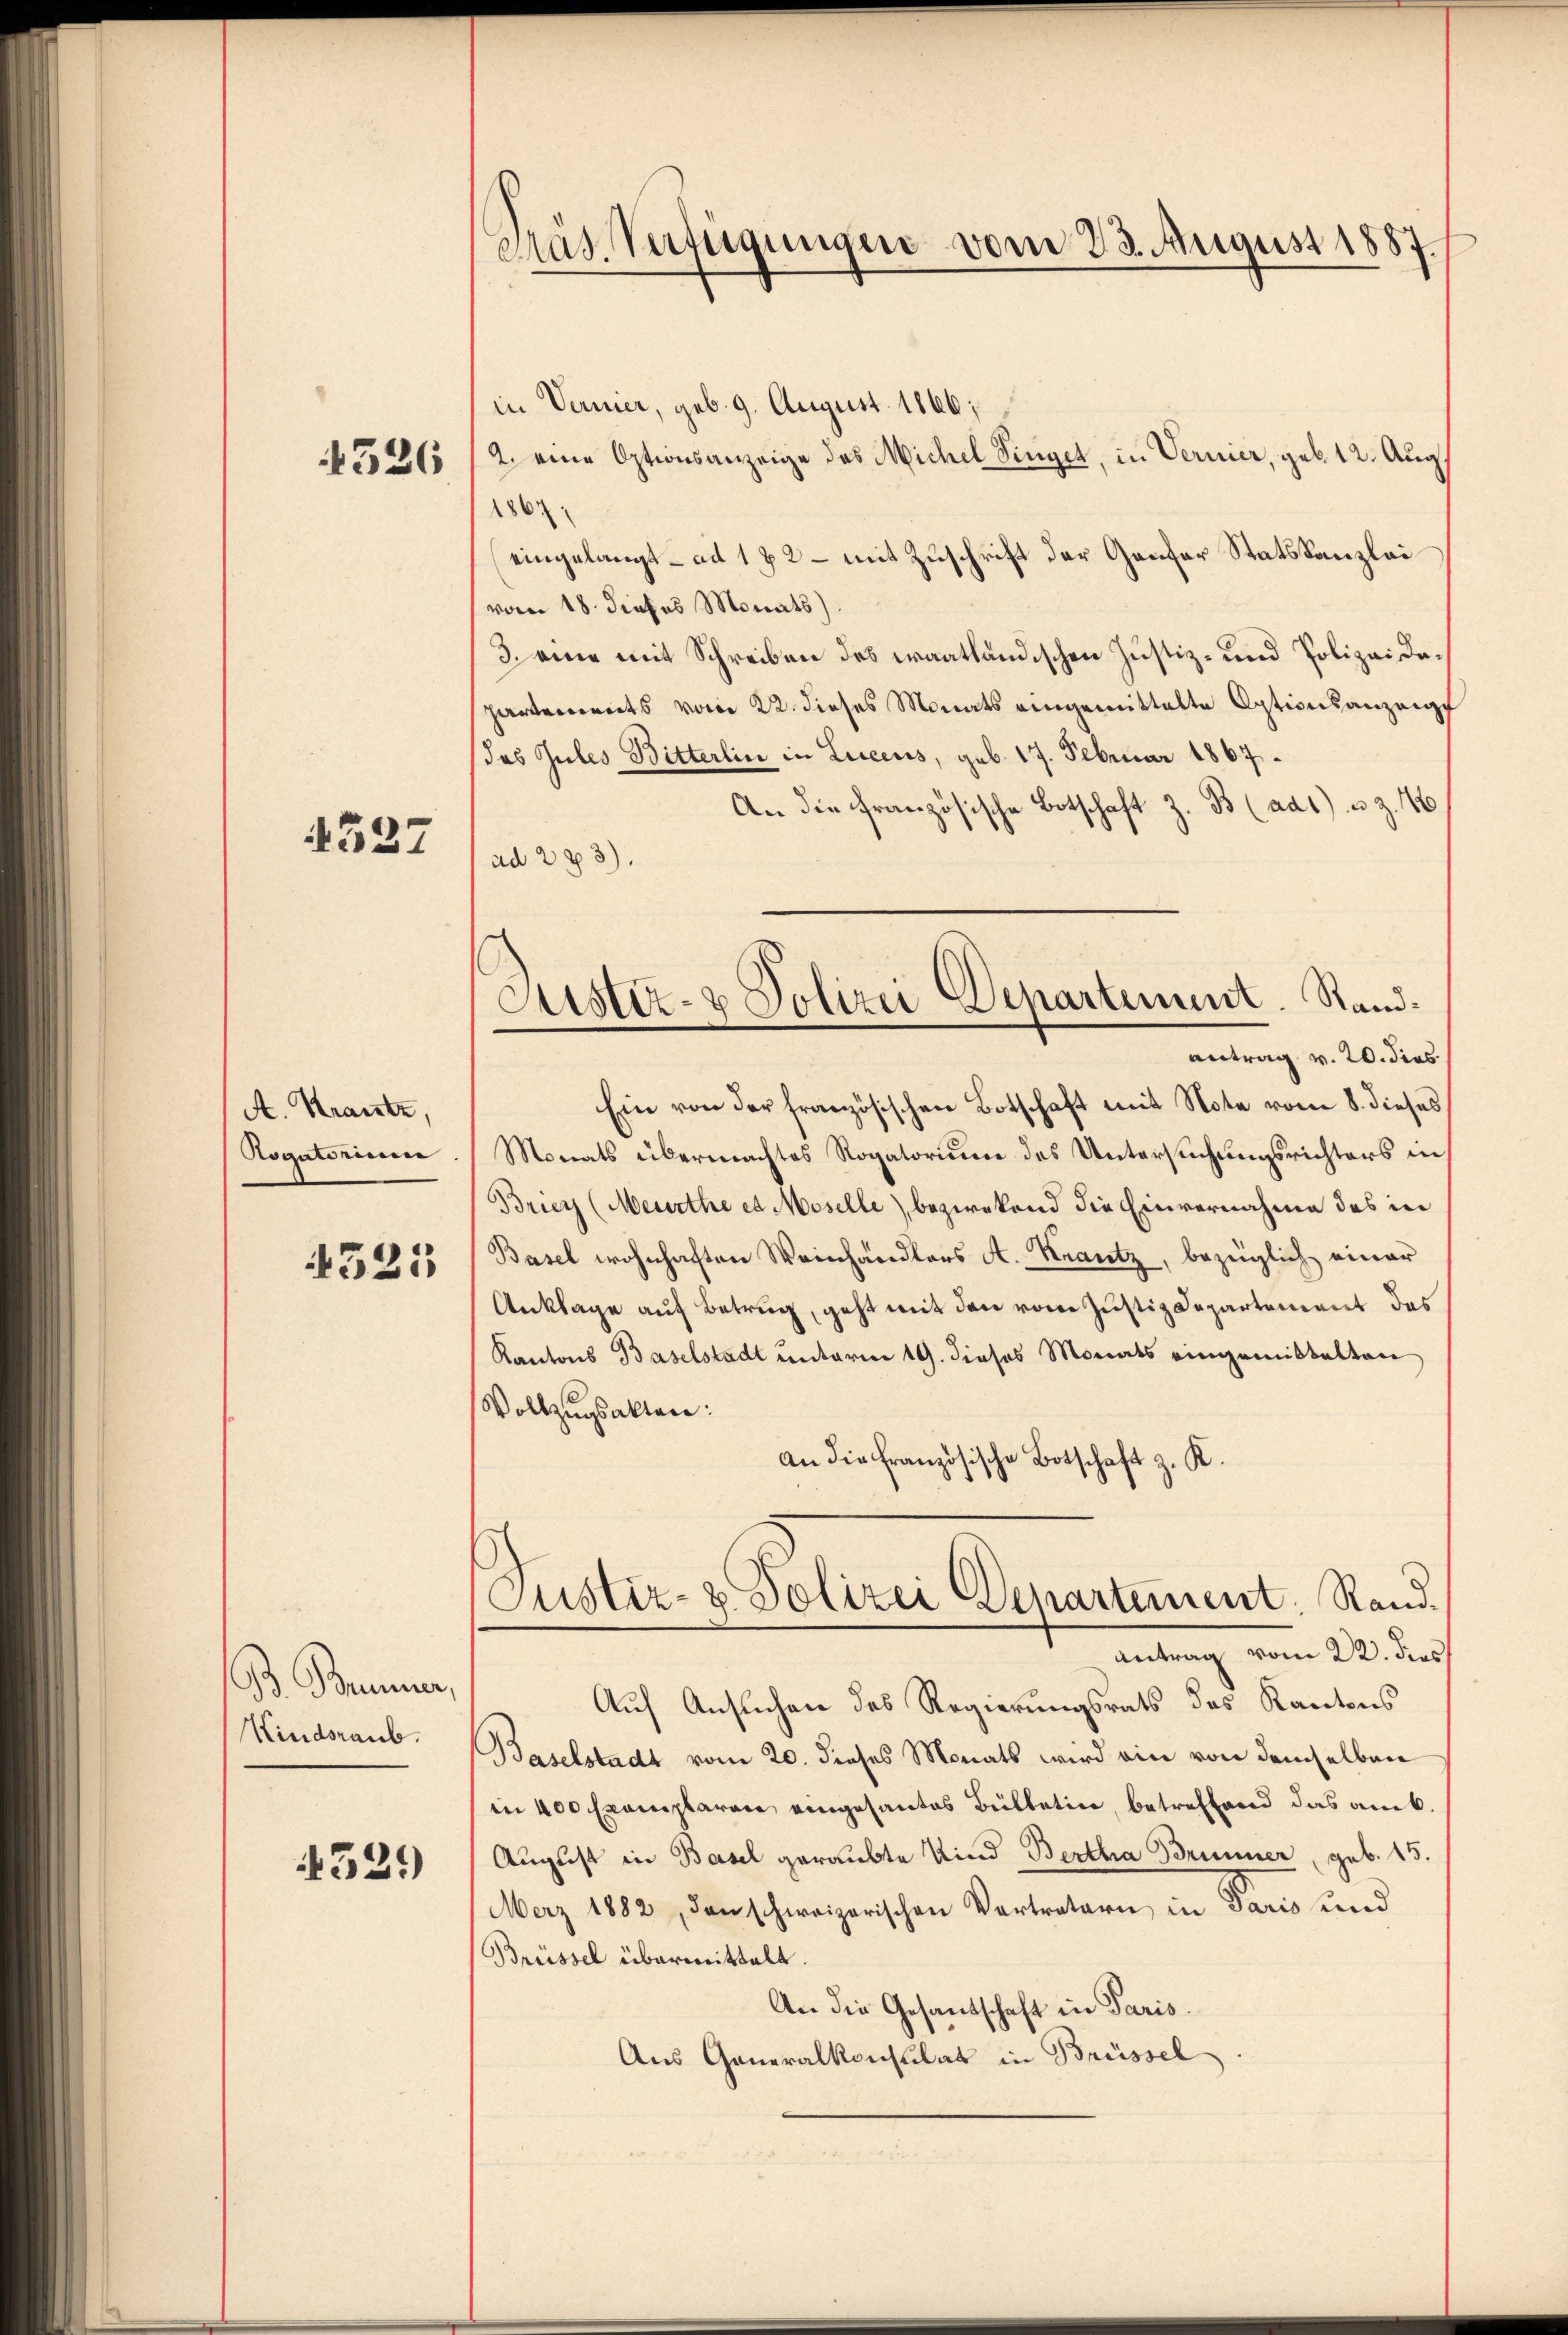
4526

4327

A. Krantz,
Rogatorium

4525

B. Brunner,
Kindsraub.

529)

Präs. Verfügungen vom 23. August 1887

in Vernier, geb. 9. August 1866;
2. eine Optionsanzeige des Michel Singet, in Vernier, geb. 12. Aug
1861
eingelangt – ad 1 x 2 – mit Zuschrift der Genfer Statskanzlei
vom 18. dieses Monats).
3. eine mit Schreiben des Fraatländischen Justiz- und Polizei dapartements vom 22. dieses Monats eingemittelte Optionsanzeige
das Gutes Bitterlin in Liecens, geb. 17. Februar 1867.
An die Französische Botschaft z. B (ad1) u. z. 46
ad 283).
antrag v. 20. dies
Ein von der französischen Botschaft mit Note vom 8. dieses
Monats übermachtes Rogatorium des Untersuchungsrichters in
Briey (Meurthe et Moselle) bezwekend die Einvernahme des in
Basel wohnhaften Weinhändlers A. Krantz, bezüglich einer
Anklage auf Betrug, geht mit den vom Justiz-Departement des
Kantons Baselstadt unterm 19. dieses Monats eingemittelten
Vollzugsakten:
an die französische Botschaft z. K.
Justiz- & Polizei Departement. Rand.
Antrag vom 22. dies
Auf Ansuchen des Regierungsrats des Kantons
Baselstadt vom 20. dieses Monats wird ein von demselben
in 400 Exemplaren eingesantes Bülletin, betreffend das amt.
August in Basel geraubte Kind Bertha Brunner, geb. 15.
Merz 1882, den schweizerischen Vertretern in Paris und
Brüssel übermittelt.
An die Gesandschaft in Paris.
Aus Generalkonsulat in Brüssel

Justiz- & Polizei Departement. Stand¬